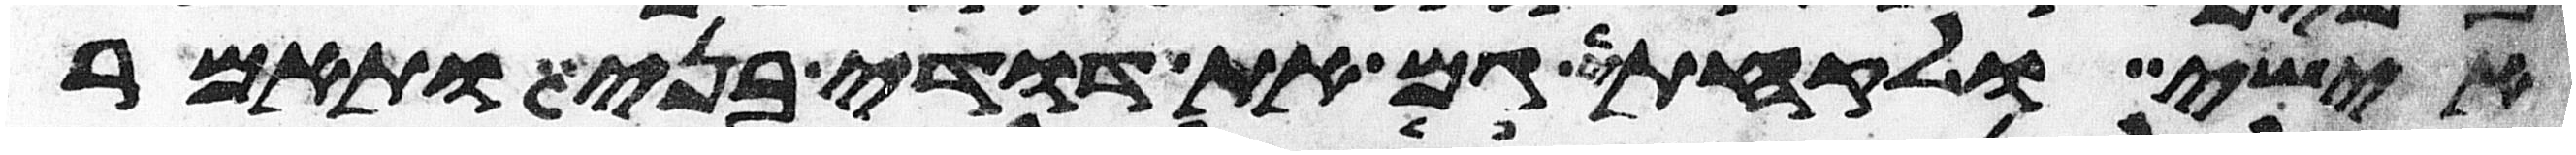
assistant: אישי ולקחתי גם את דודי בני ותאמר